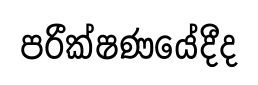
පරීක්ෂණයේදීද